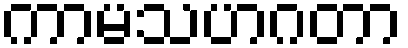
ကာမသဟဂတာ